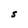
Character: S